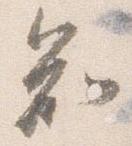
知